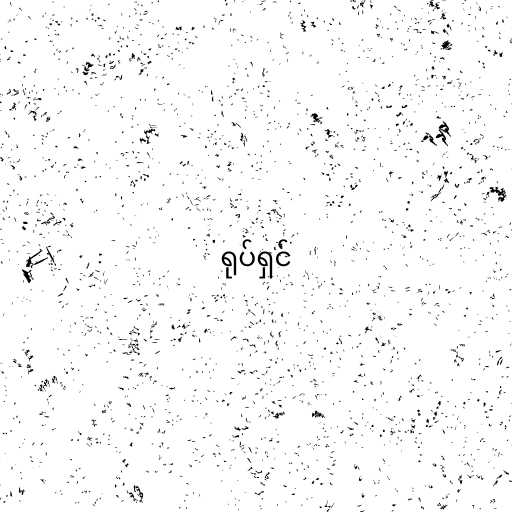
ရုပ်ရှင်